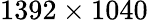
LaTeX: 1392\times 1040